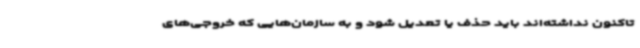
تاکنون نداشته‌اند باید حذف یا تعدیل شود و به سازمان‌هایی که خروجی‌های